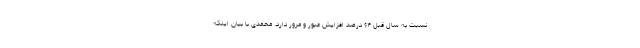
نسبت به سال قبل ۶۴ درصد افزایش عبور و مرور دارد. محمدی با بیان اینکه